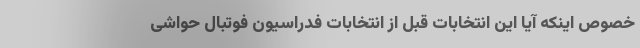
خصوص اینکه آیا این انتخابات قبل از انتخابات فدراسیون فوتبال حواشی